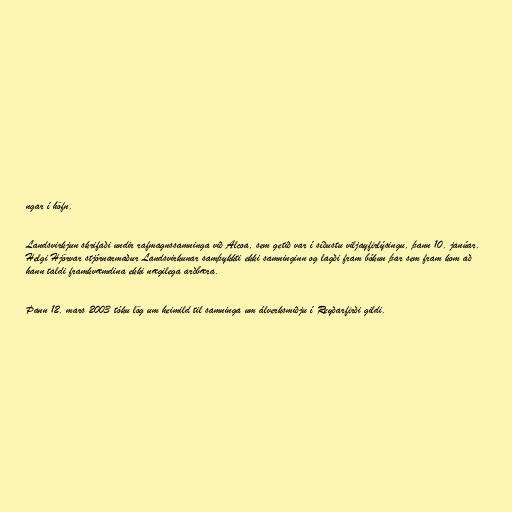
ngar í höfn.

Landsvirkjun skrifaði undir rafmagnssamninga við Alcoa, sem getið var í síðustu viljayfirlýsingu, þann 10. janúar.
Helgi Hjörvar stjórnarmaður Landsvirkunar samþykkti ekki samninginn og lagði fram bókun þar sem fram kom að
hann taldi framkvæmdina ekki nægilega arðbæra.

Þann 12. mars 2003 tóku lög um heimild til samninga um álverksmiðju í Reyðarfirði gildi.